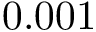
0 . 0 0 1